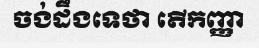
ចង់ដឹងទេថា តើកញ្ញា